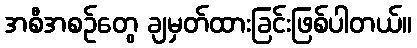
အစီအစဉ်တွေ ချမှတ်ထားခြင်းဖြစ်ပါတယ်။